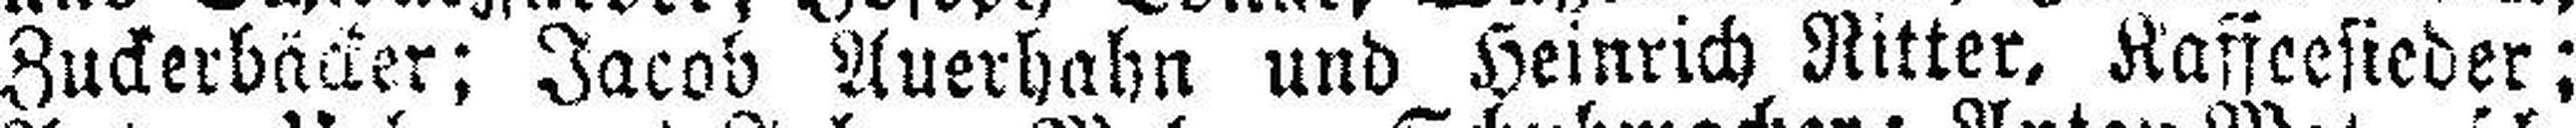
Zuckerbäcker; Jacob Auerhahn und Heinrich Ritter, Kaffeesieder;